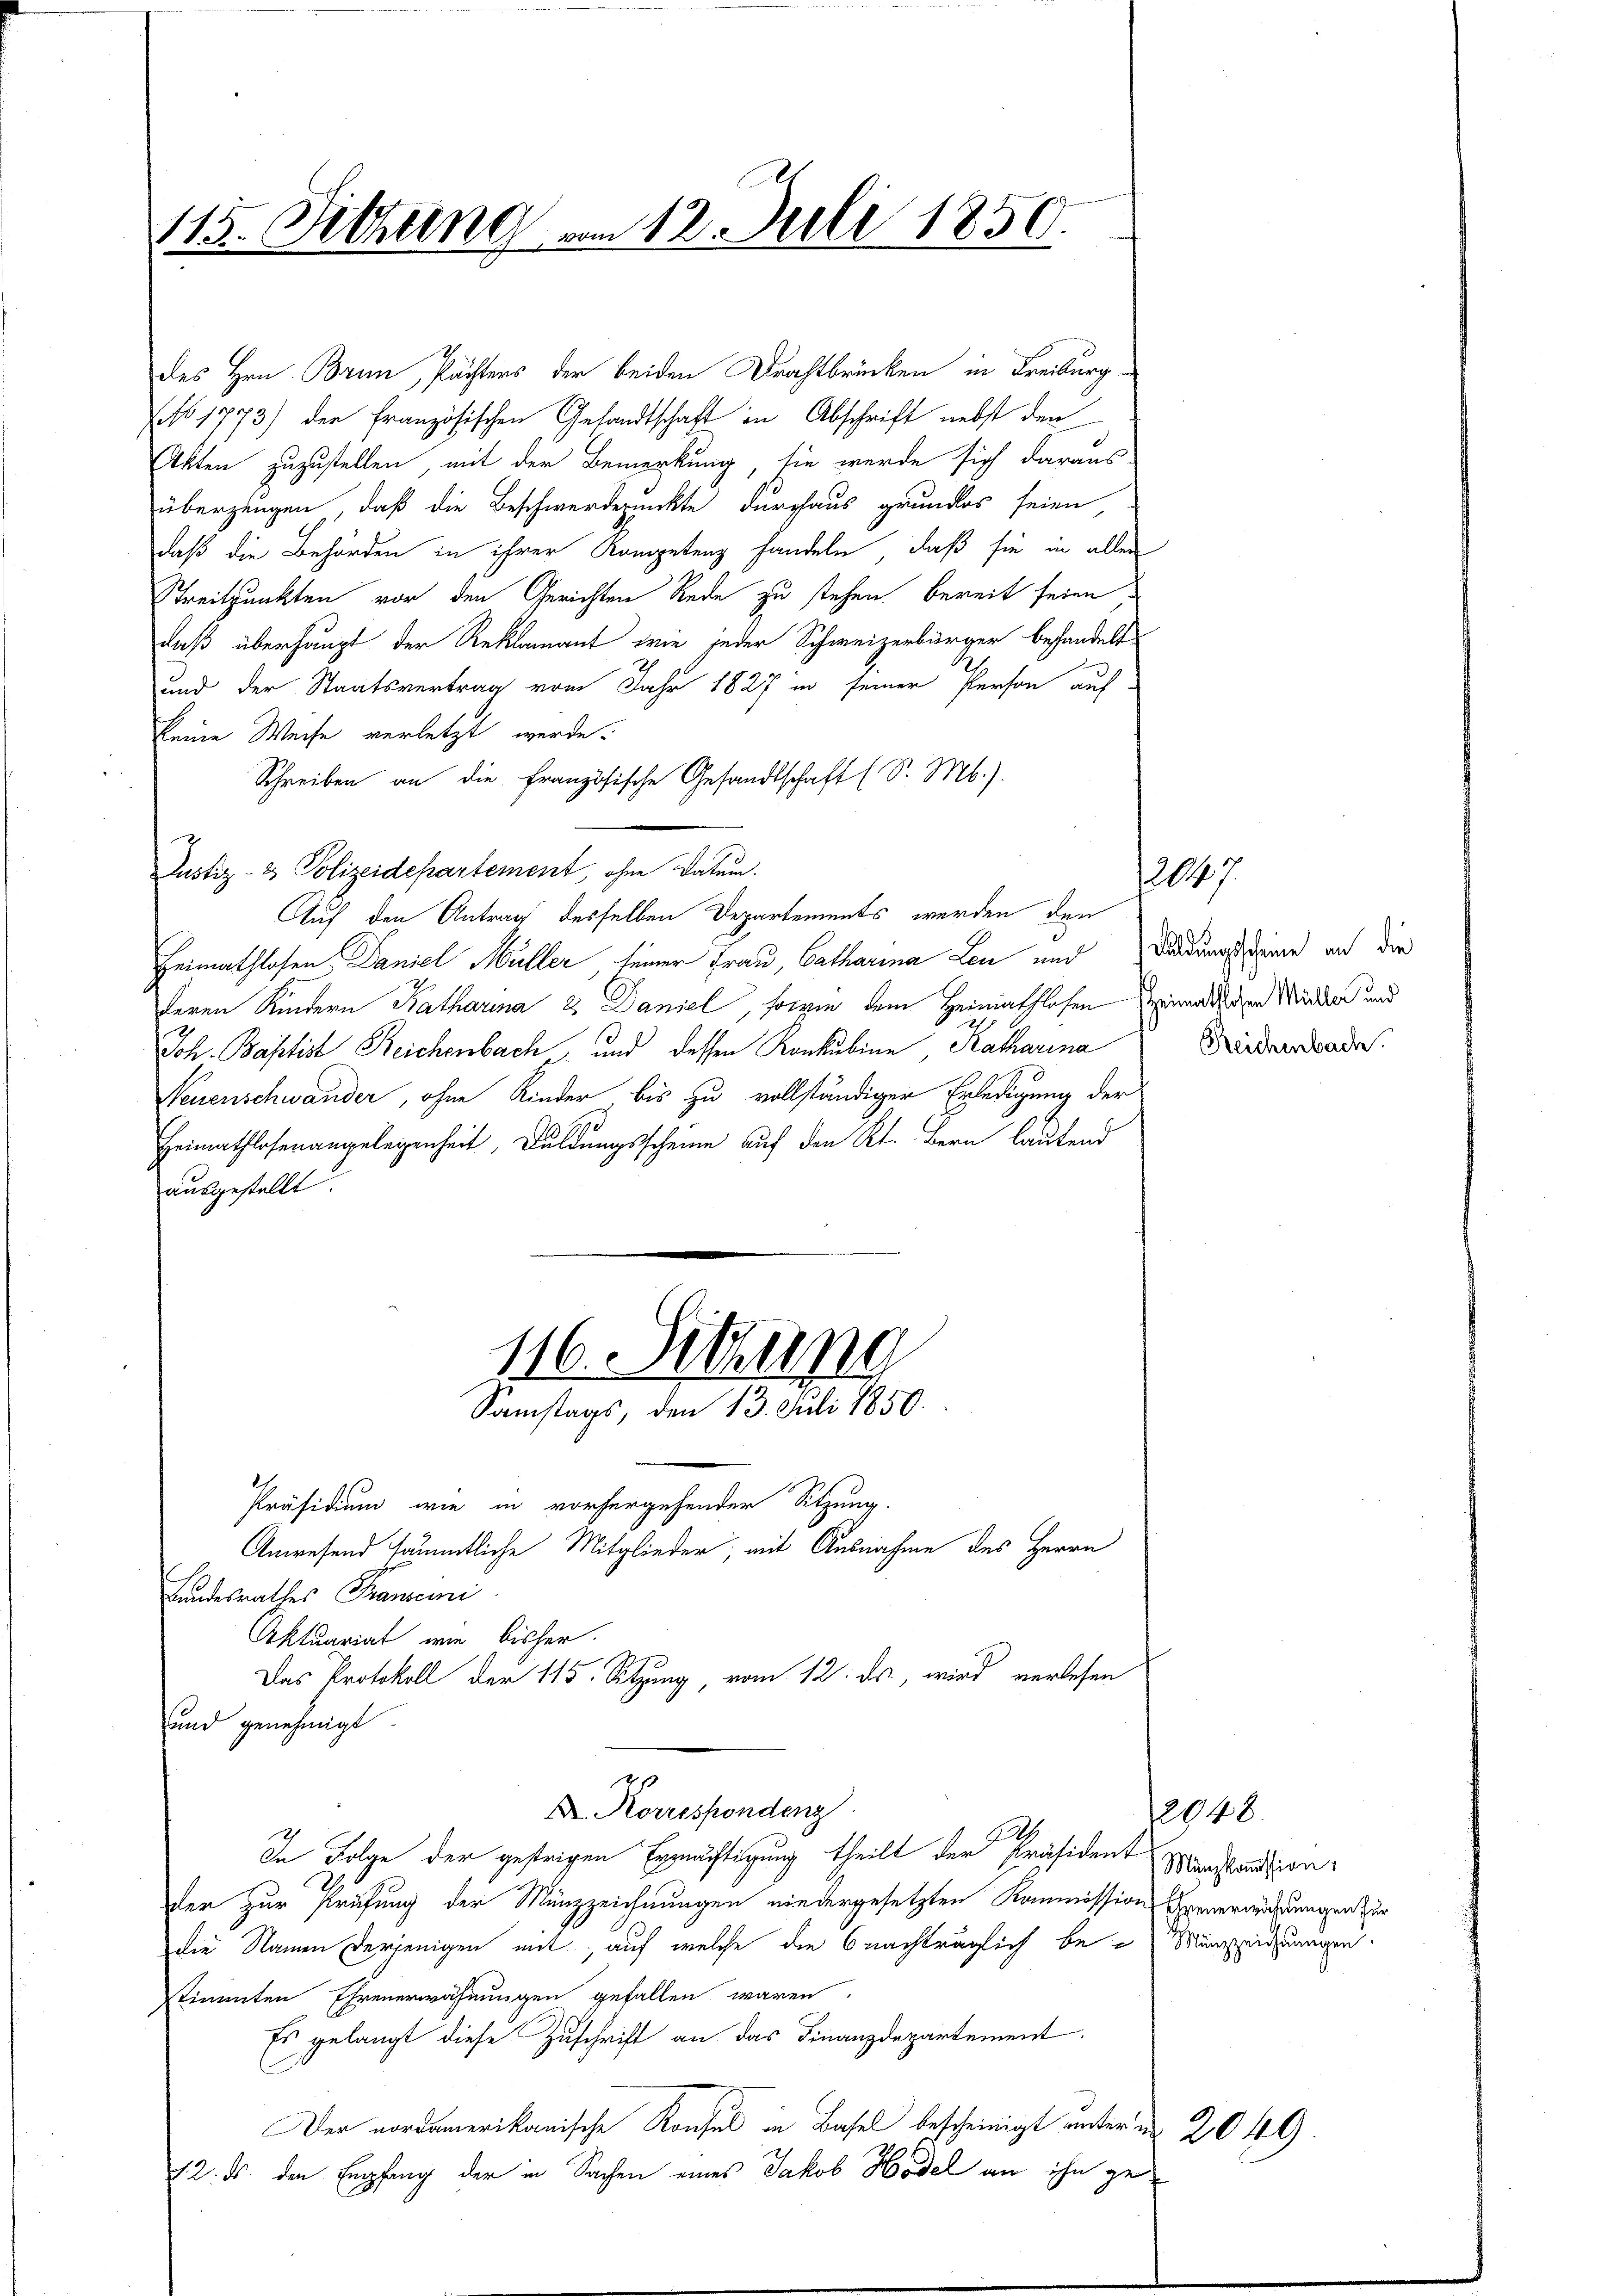
115. Sitzung vom 12. Juli 1850.

des Hrn. Brun, Pächters der beiden Drahtbrücken in Freiburg
(No 1773) der französischen Gesandtschaft in Abschrift nebst den
Akten zuzustellen, mit der Bemerkung, sie werde sich daraus-
überzeugen, daß die Beschwerdepunkte durchaus grundlos seien,
daß die Behörden in ihrer Kompetenz handeln, daß sie in allen
Streitpunkten vor den Gerichten Rede zu stehen bereit seien
daß überhaupt der Reklamant wie jeder Schweizerbürger behandelt
und der Staatsvertrag vom Jahr 1827 in seiner Person auf
keine Weise verletzt werde.
Schreiben an die französische Gesandtschaft (S. Mb.).
¬
Justiz- & Polizeidepartement, ohne Datum.
Auf den Antrag desselben Departements werden den
Heimathlosen Daniel Müller seiner Frau, Catharina Leu und Windungs seine auf die
deren Kindern Katharina 2. Daniel, sowie dem Heimathlosen Einmal der Widder und
Joh. Baptist Reichenbach, und dessen Konkubine Katharina
Neuenschwander, ohne Kinder bis zu vollständiger Erledigung der
Heimathloser angelegenheit, Duldungsscheine auf den Kt. Bern lautend
ausgestellt.

116. Sitzung
Samstags, den 13. Juli 1850.

X. Korrespondenz

Präsidium wie in vorhergehender Sitzung.
Anwesend sämmtliche Mitglieder, mit Ausnahme des Herrn
Landesrathes Thauseini
Aktuariat wie bisher.
Das Protokoll der 115. Sitzung, vom 12. ds., wird verlesen
und genehmigt.
In Folge der gestrigen Ermächtigung theilt der Präsident
der zur Prüfung der Münzzeichnungen niedergesetzten Kommissions Bernerwachungen zur
die Namen derjenigen mit, auf welche die nachträglich bei Mineidungen.
stimmten Ehrenerwähnungen gefallen waren
Es gelangt diese Zuschrift an das Finanzdepartement
Der vordamerikanische Konsul in Basel bescheinigt unter un
12. ds. den Empfang der in Sachen eines Jakob Hodel an ihn ge¬

Reichenbach.

12027

2048.
Münzkoṁission.

2049